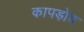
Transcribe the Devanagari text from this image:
कापड़ोद